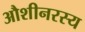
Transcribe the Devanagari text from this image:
औशीनरस्य